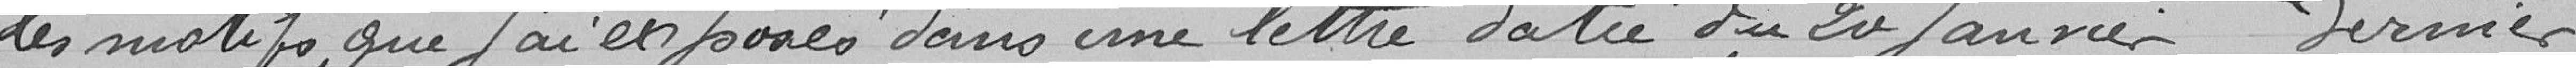
les motifs que j'ai exposé dans une lettre datée du 20 janvier dernier.